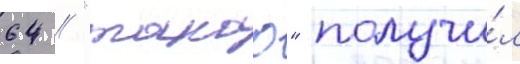
64 // "такао" получи́л